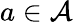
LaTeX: a\in{\mathcal{A}}